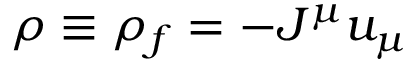
\rho \equiv \rho _ { f } = - J ^ { \mu } u _ { \mu }